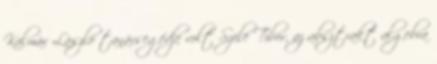
Kalmár László tanársegédje volt Szele Tibor, az absztrakt algebra